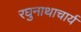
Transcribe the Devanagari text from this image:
रघुनाथाचार्य